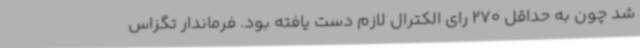
شد چون به حداقل 270 رای الکترال لازم دست یافته بود. فرماندار تگزاس